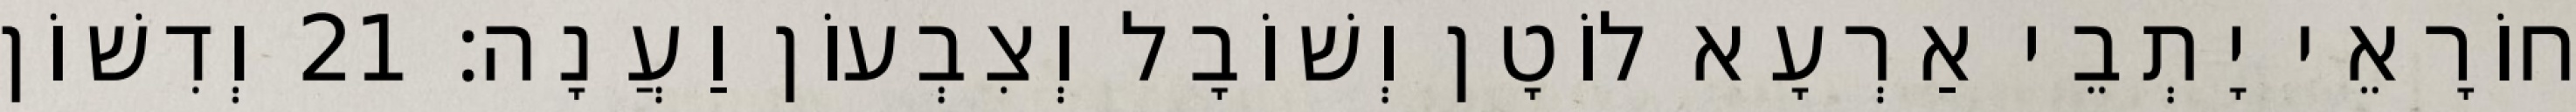
חוֹרָאֵי יָתְבֵי אַרְעָא לוֹטָן וְשׁוֹבָל וְצִבְעוֹן וַעֲנָה׃ 21 וְדִשׁוֹן